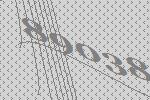
89038